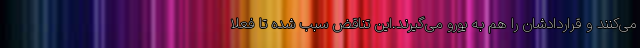
می‌کنند و قراردادشان را هم به یورو می‌گیرند.این تناقض سبب شده تا فعلا